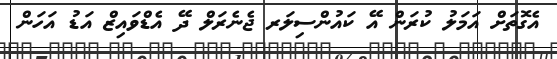
އެގޮތަށް އަމަލު ކުރަން އޭ ކައުންސިލަރ ޖެނެރަލް ދޭ އެޑްވައިޒް އަޑު އަހަން